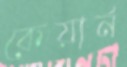
কেয়ার্ন